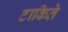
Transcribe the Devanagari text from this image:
टाकिते